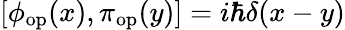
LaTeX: [\phi_{\mathrm{op}}(x),\pi_{\mathrm{op}}(y)]=i\hbar\delta(x-y)